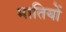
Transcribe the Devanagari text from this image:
मातियों